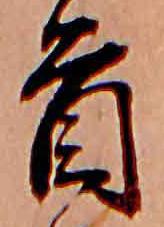
首